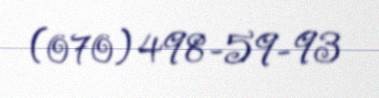
(070) 498-59-93